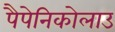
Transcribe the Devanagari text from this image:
पैपेनिकोलाउ